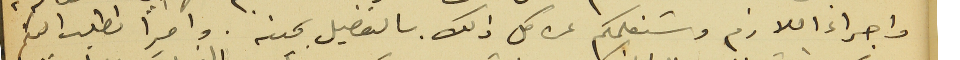
واجراء اللازم وسَنعلمكم عن كل ذلك بالتفصيل بحينه. واخيرًا نطلب اليكم